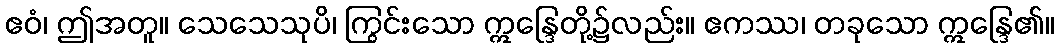
ဧဝံ၊ ဤအတူ။ သေသေသုပိ၊ ကြွင်းသော ဣန္ဒြေတို့၌လည်း။ ဧကဿ၊ တခုသော ဣန္ဒြေ၏။